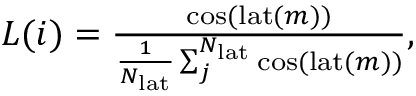
\begin{array} { r } { L ( i ) = \frac { \cos ( \mathrm { l a t } ( m ) ) } { \frac { 1 } { N _ { \mathrm { l a t } } } \sum _ { j } ^ { N _ { \mathrm { l a t } } } \cos ( \mathrm { l a t } ( m ) ) } , } \end{array}